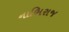
નાભિરાજ